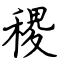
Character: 稷